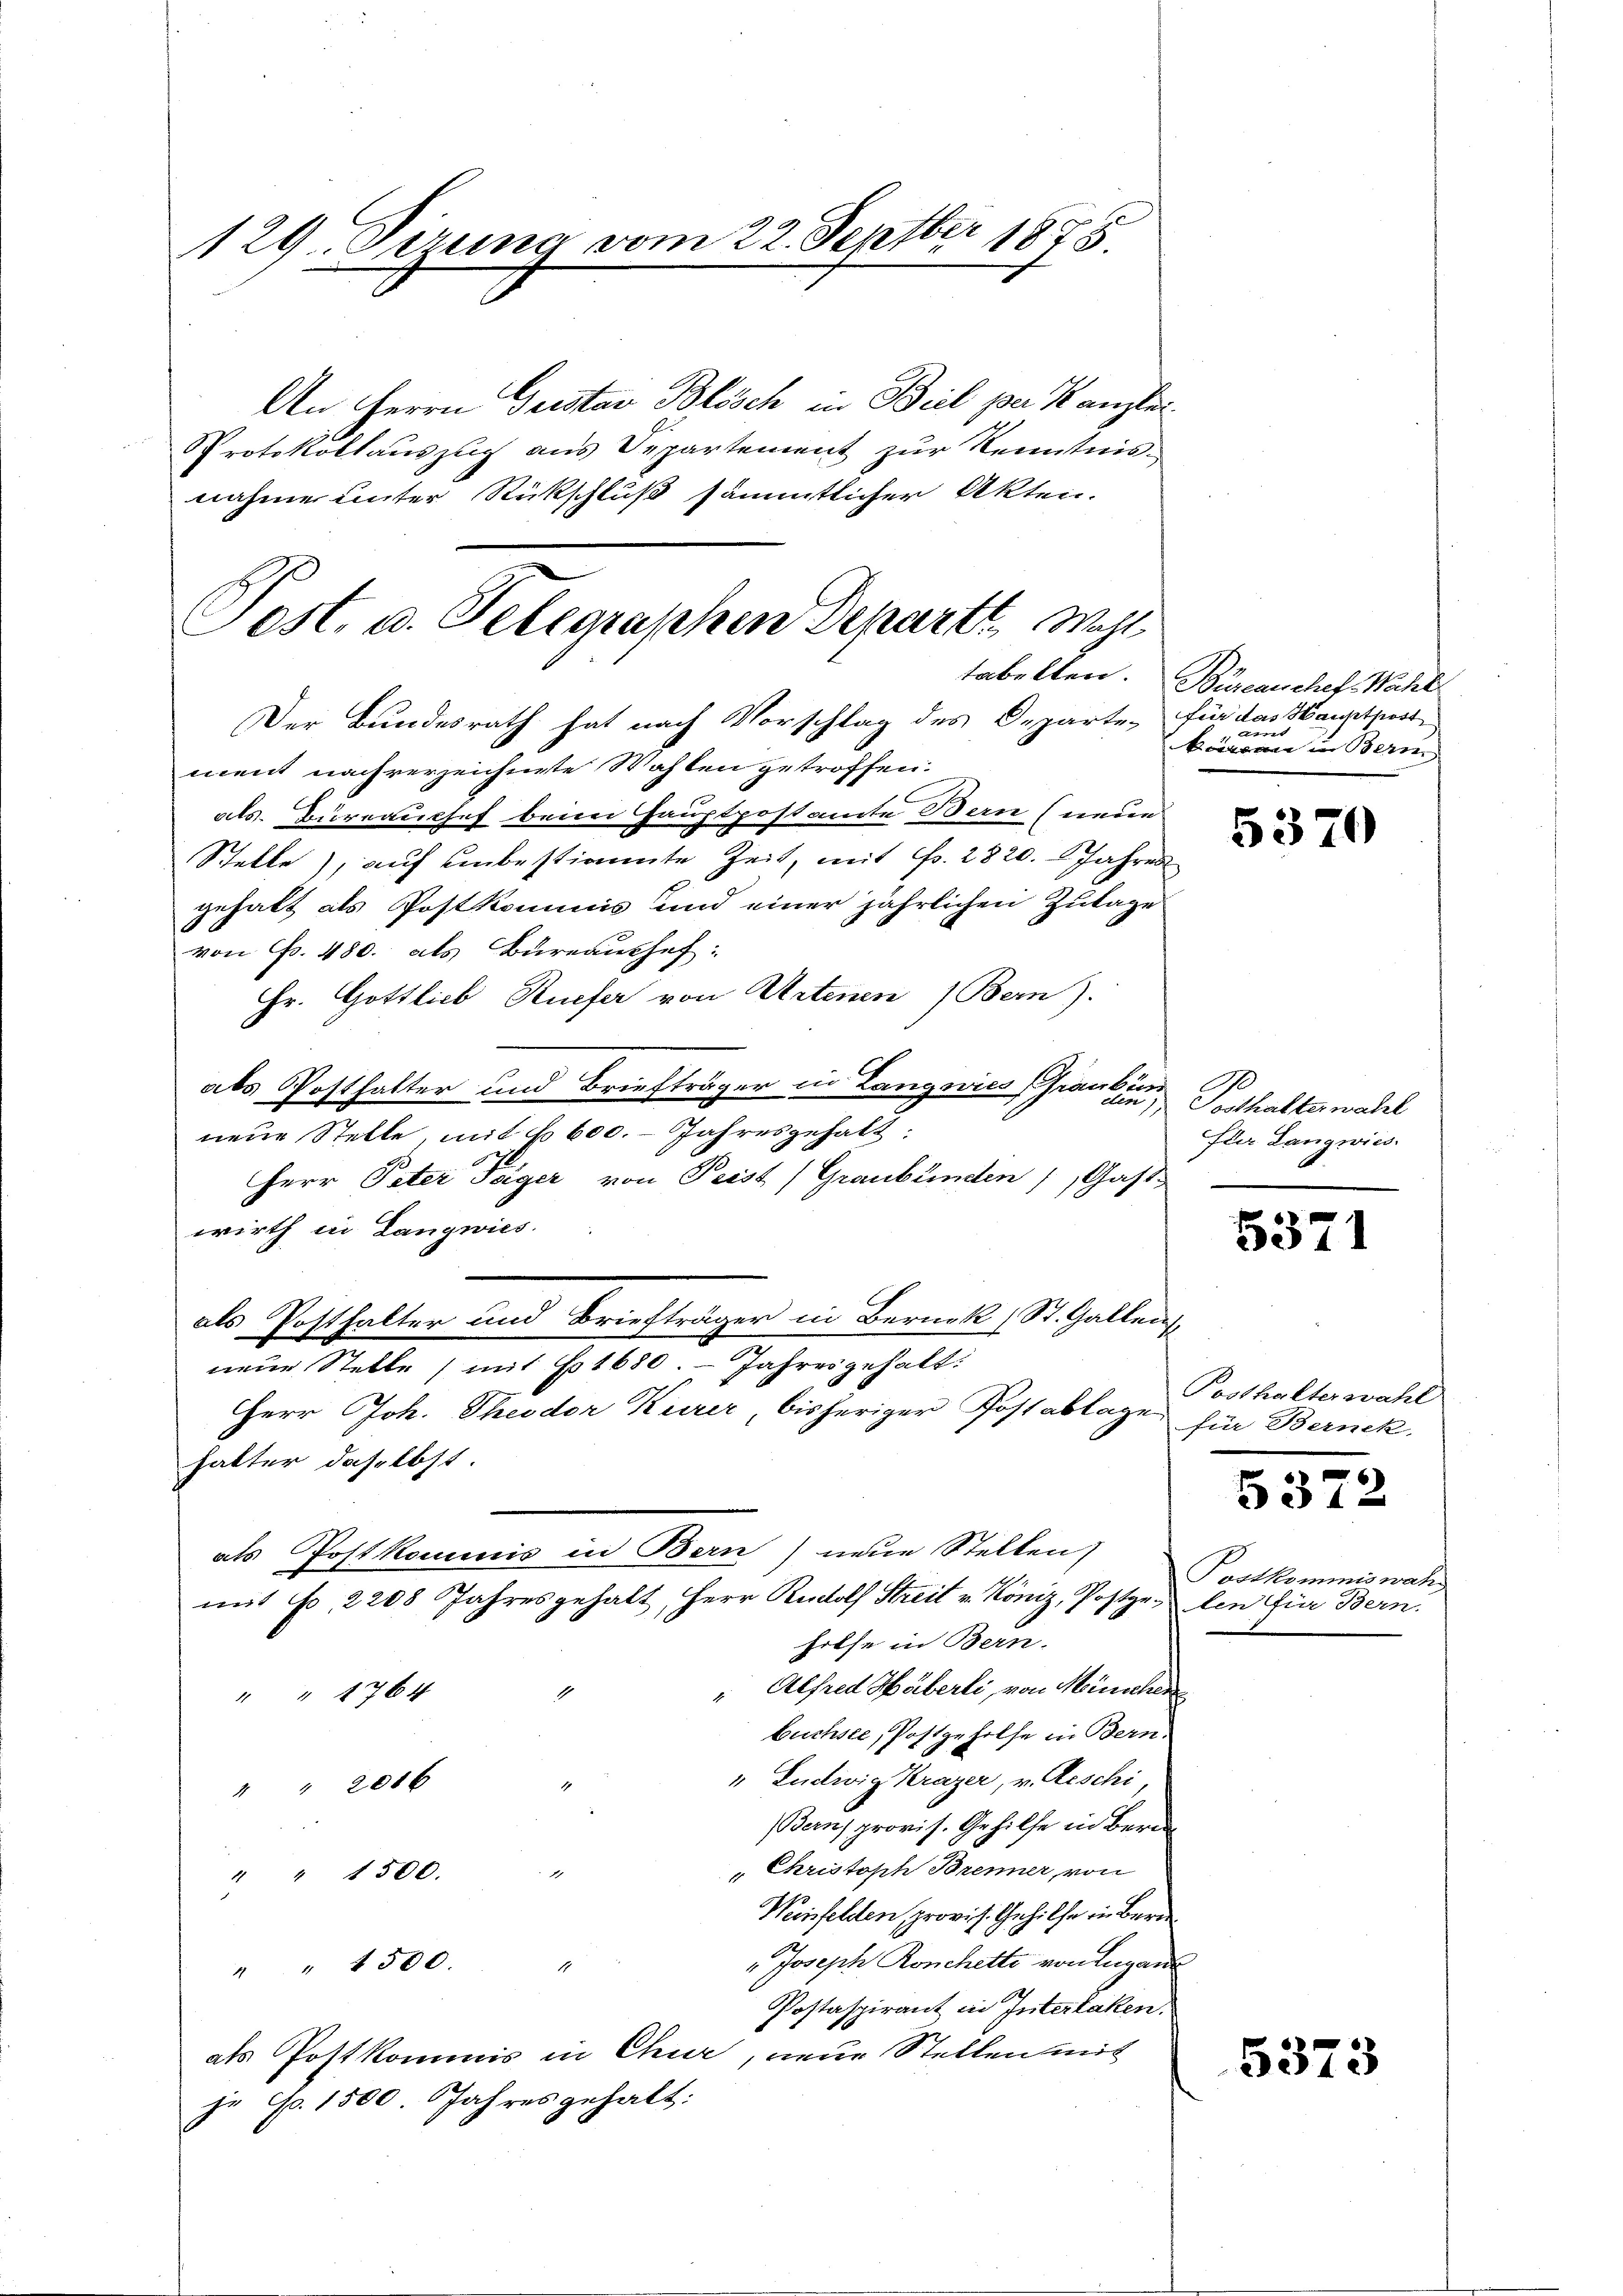
129. dirung vom 22. Septbr 1875.

An Herrn Gristav Blösch in Beil per Kanzlei¬
Protokollauszug aus Departement zur Kenntnis-
nahme unter Rückschluß sämmtlicher Akten.

Sest. u. Telegraphen Departt. Mehl

Der Bundesrath hat nach Vorschlag des Departe, für das Haustport
ment nach verzeichnete Wahlen getroffen.
als Bureau chef beim Hauptpostamte Bern (neue
Stelle), auf unbestimmte Zeit, mit Fr. 2820. Jahren
gehalt als Postkommis und einer jährlichen Zulage
von Fr. 480. als Bureaushef:
Hr. Gottlieb, Ruefer von Artenen Bern).
als Posthalter und Briefträger in Langwies Franken Posthalterwahl
neue Stelle, mit No 600. Jahresgehalt:
Herr Pater Teiger von Peist (Graubünden Gast
wirth in Langwies.
als Posthalter und Briefträger in Berück (St. Gallen
neue Stelle (mit No 1680. Jahres gehalt:
Herr Joh. Theodor Kurer, bisheriger Postablage für Bernek
hatter daselbst
als Postkommis in Bern) neue Stellen
mit Fr. 2208 Jahresgehalt, Herr Rudolf Streit v. Köniz, Postgelen für Bern
hilfe in Bern.
Alfred Häberli, von Menschen
" " 1764 "
buchsee, Postgeholfe in Bern
" Ludwig Krazer, v. Reschi,
.
" " 2016
Berns provis. Gehilfe in Bern
" Christoph Brenner, von
" " 1500. "
Weinfelden provis. Gehilfe in Bern
"Joseph Ronchette von Lugand
" " 1500. "
Postaspirant in Interlaken.
als Postkommis in Chur, neue Stellen mit
je No. 1500. Jahres gehalt:

tabelten. Büreauchef Wahl
könen in Beri

5370

für Langwies.

5371

Posthalterwahl

5372

Postkommiswah

5373